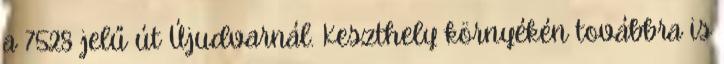
a 7528 jelű út Újudvarnál. Keszthely környékén továbbra is